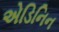
એડિનિન